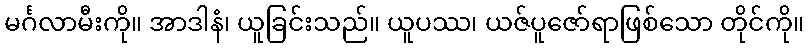
မင်္ဂလာမီးကို။ အာဒါနံ၊ ယူခြင်းသည်။ ယူပဿ၊ ယဇ်ပူဇော်ရာဖြစ်သော တိုင်ကို။